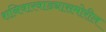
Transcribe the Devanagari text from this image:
शनिवारवाड्यासमोरील